Tartu_pedagoogiumi_aruanded, lk 48
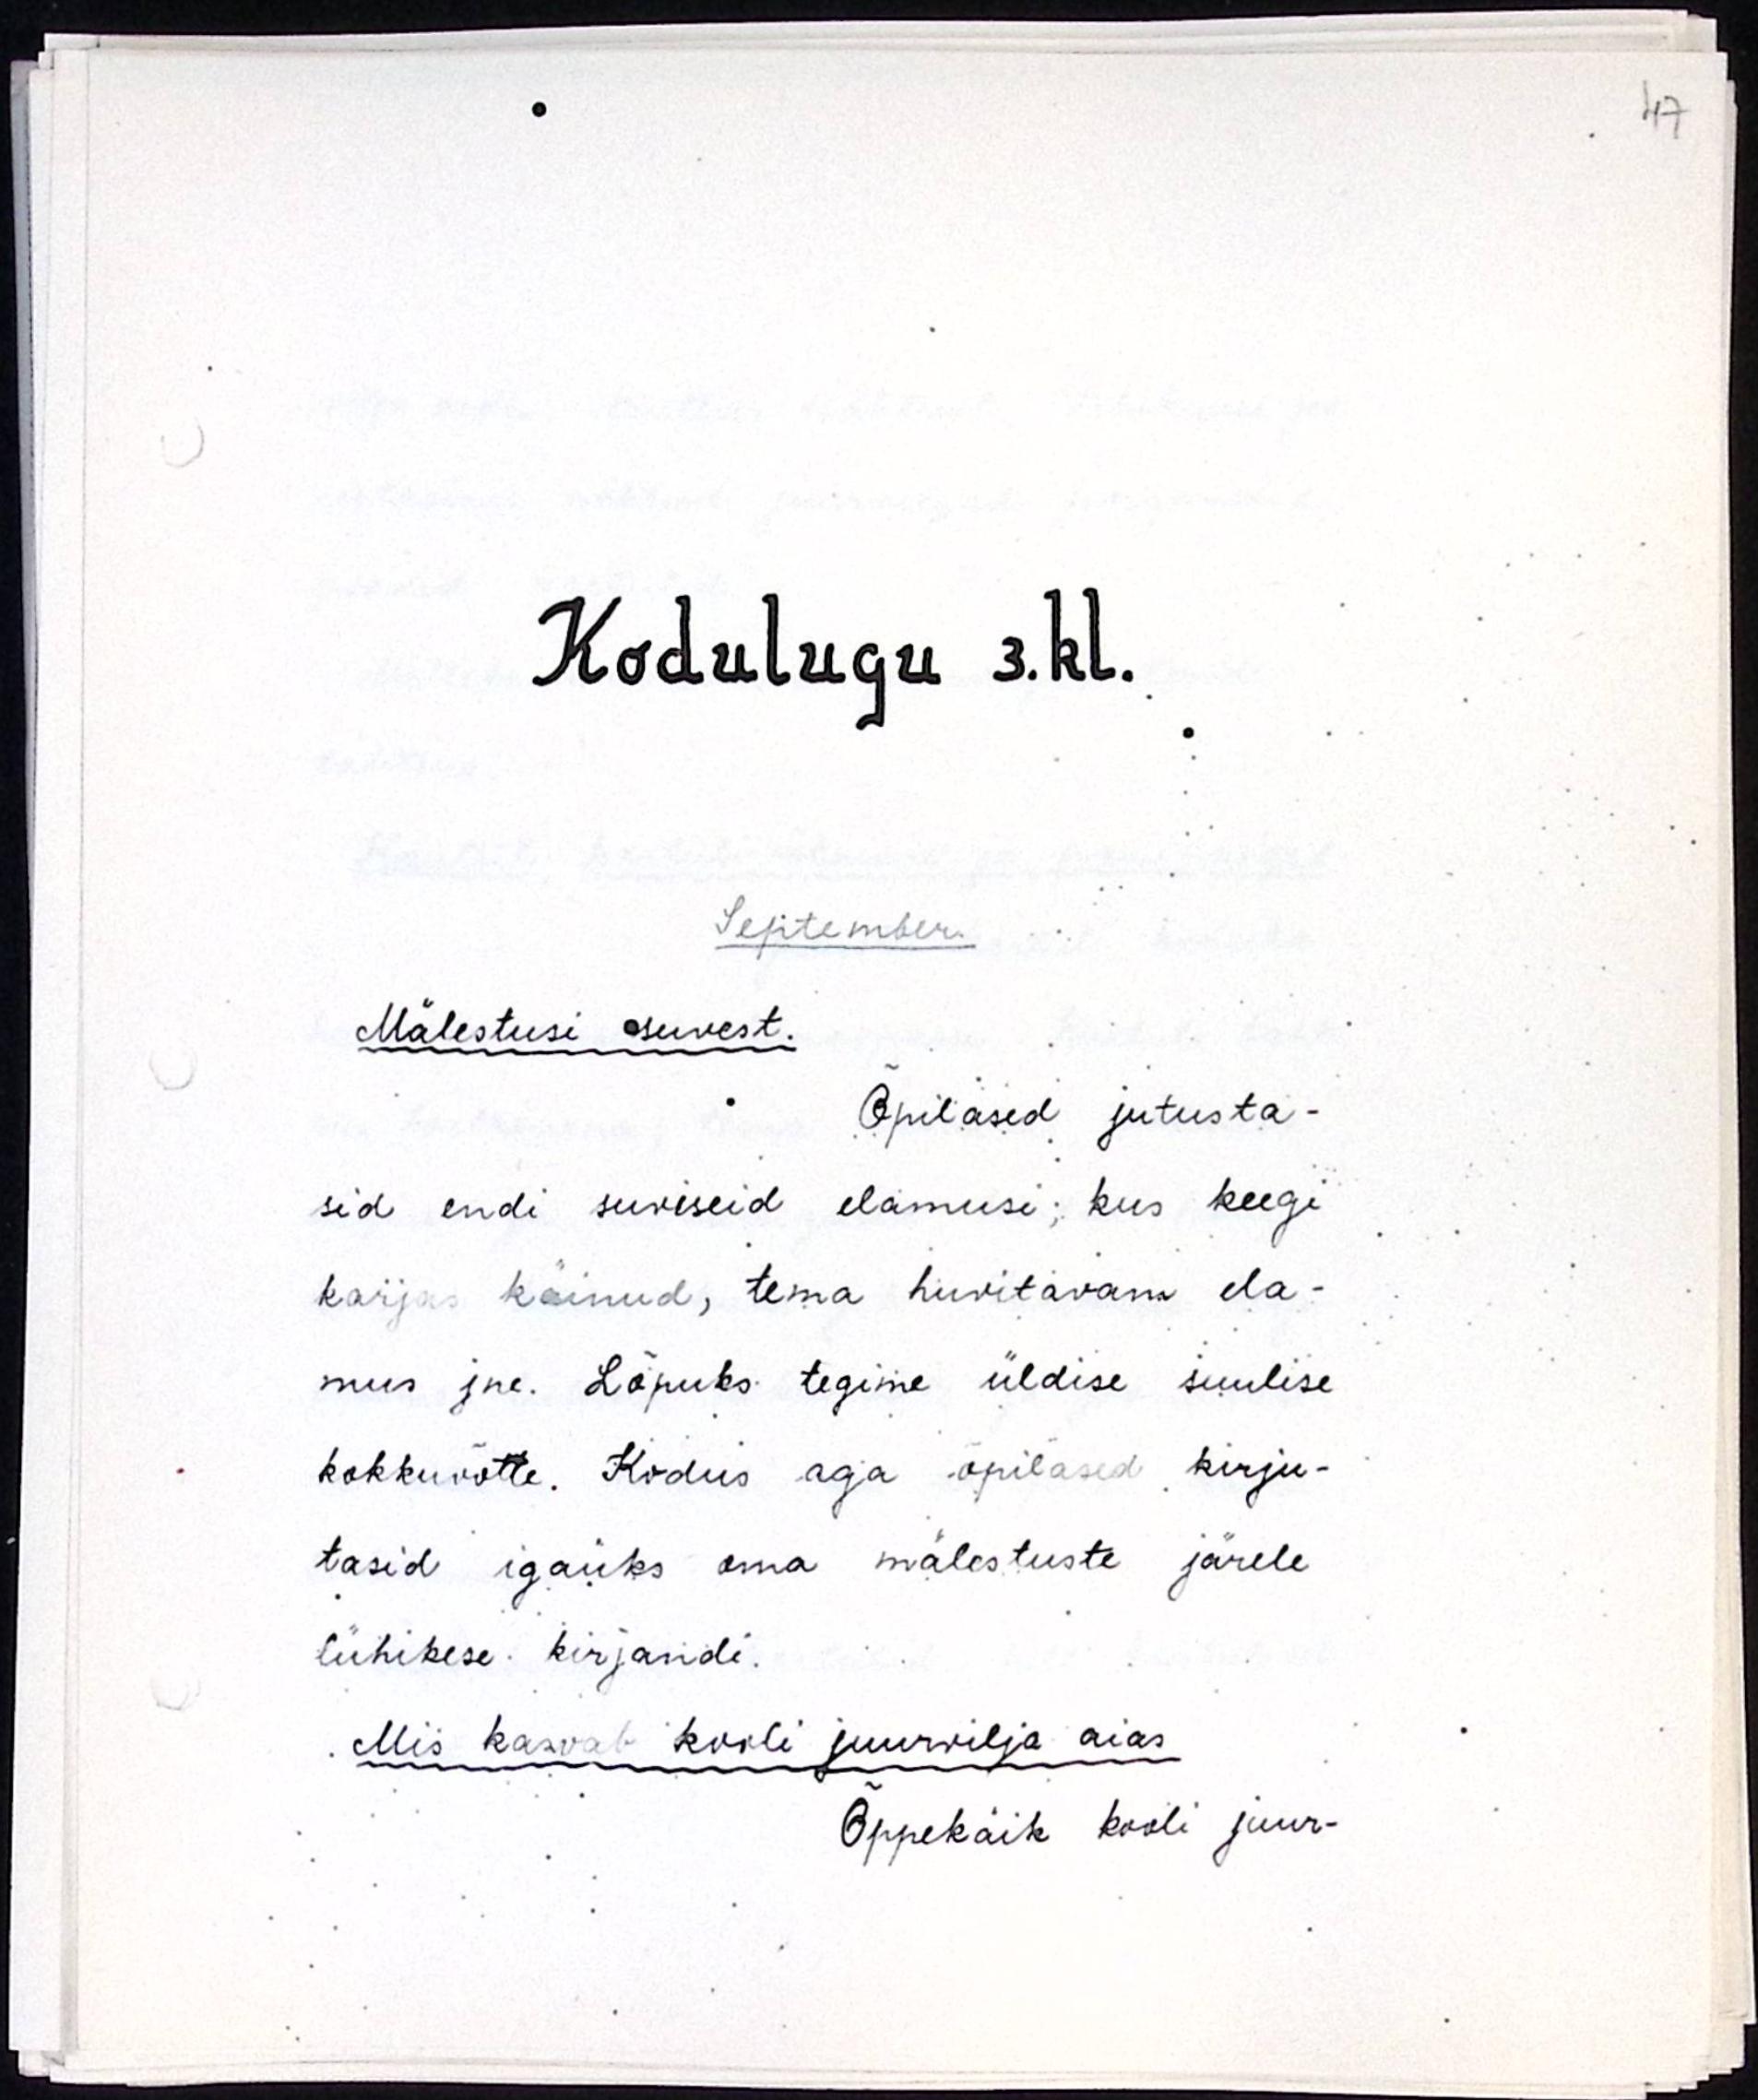
Kodulugu 3.kl.
September
Mälestusi suvest.
Õpilased jutusta-
sid endi suviseid elamusi, kus keegi
karjas käinud, tema huvitavam ela-
mus jne. Lõpuks tegime üldise suulise
kokkuvõtte. Kodus aga õpilased kirju-
tasid igaüks oma mälestuste järele
lühikese kirjandi.
Mis kasvab kooli juurvilja aias.
Õppekäik kooli juur-